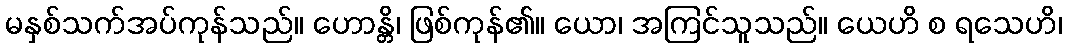
မနှစ်သက်အပ်ကုန်သည်။ ဟောန္တိ၊ ဖြစ်ကုန်၏။ ယော၊ အကြင်သူသည်။ ယေဟိ စ ရသေဟိ၊